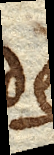
de